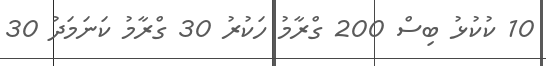
10 ކުކުޅު ބިސް 200 ގްރާމު ހަކުރު 30 ގްރާމު ކަނަމަދު 30